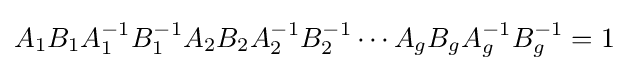
A_{1}B_{1}A_{1}^{-1}B_{1}^{-1}A_{2}B_{2}A_{2}^{-1}B_{2}^{-1}\cdots A_{g}B_{g}A_{g}^{-1}B_{g}^{-1}=1